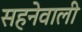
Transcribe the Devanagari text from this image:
सहनेवाली